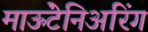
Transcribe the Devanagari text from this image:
माऊंटेनिअरिंग